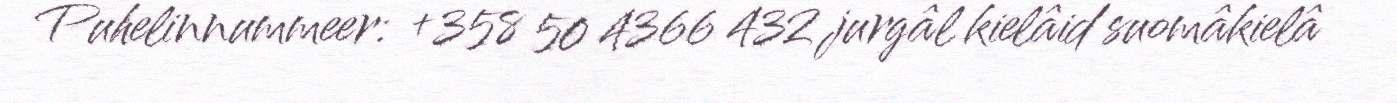
Puhelinnummeer: +358 50 4366 432 jurgâl kielâid suomâkielâ